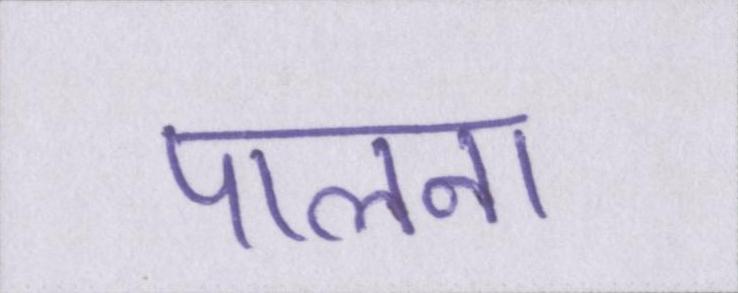
पालना